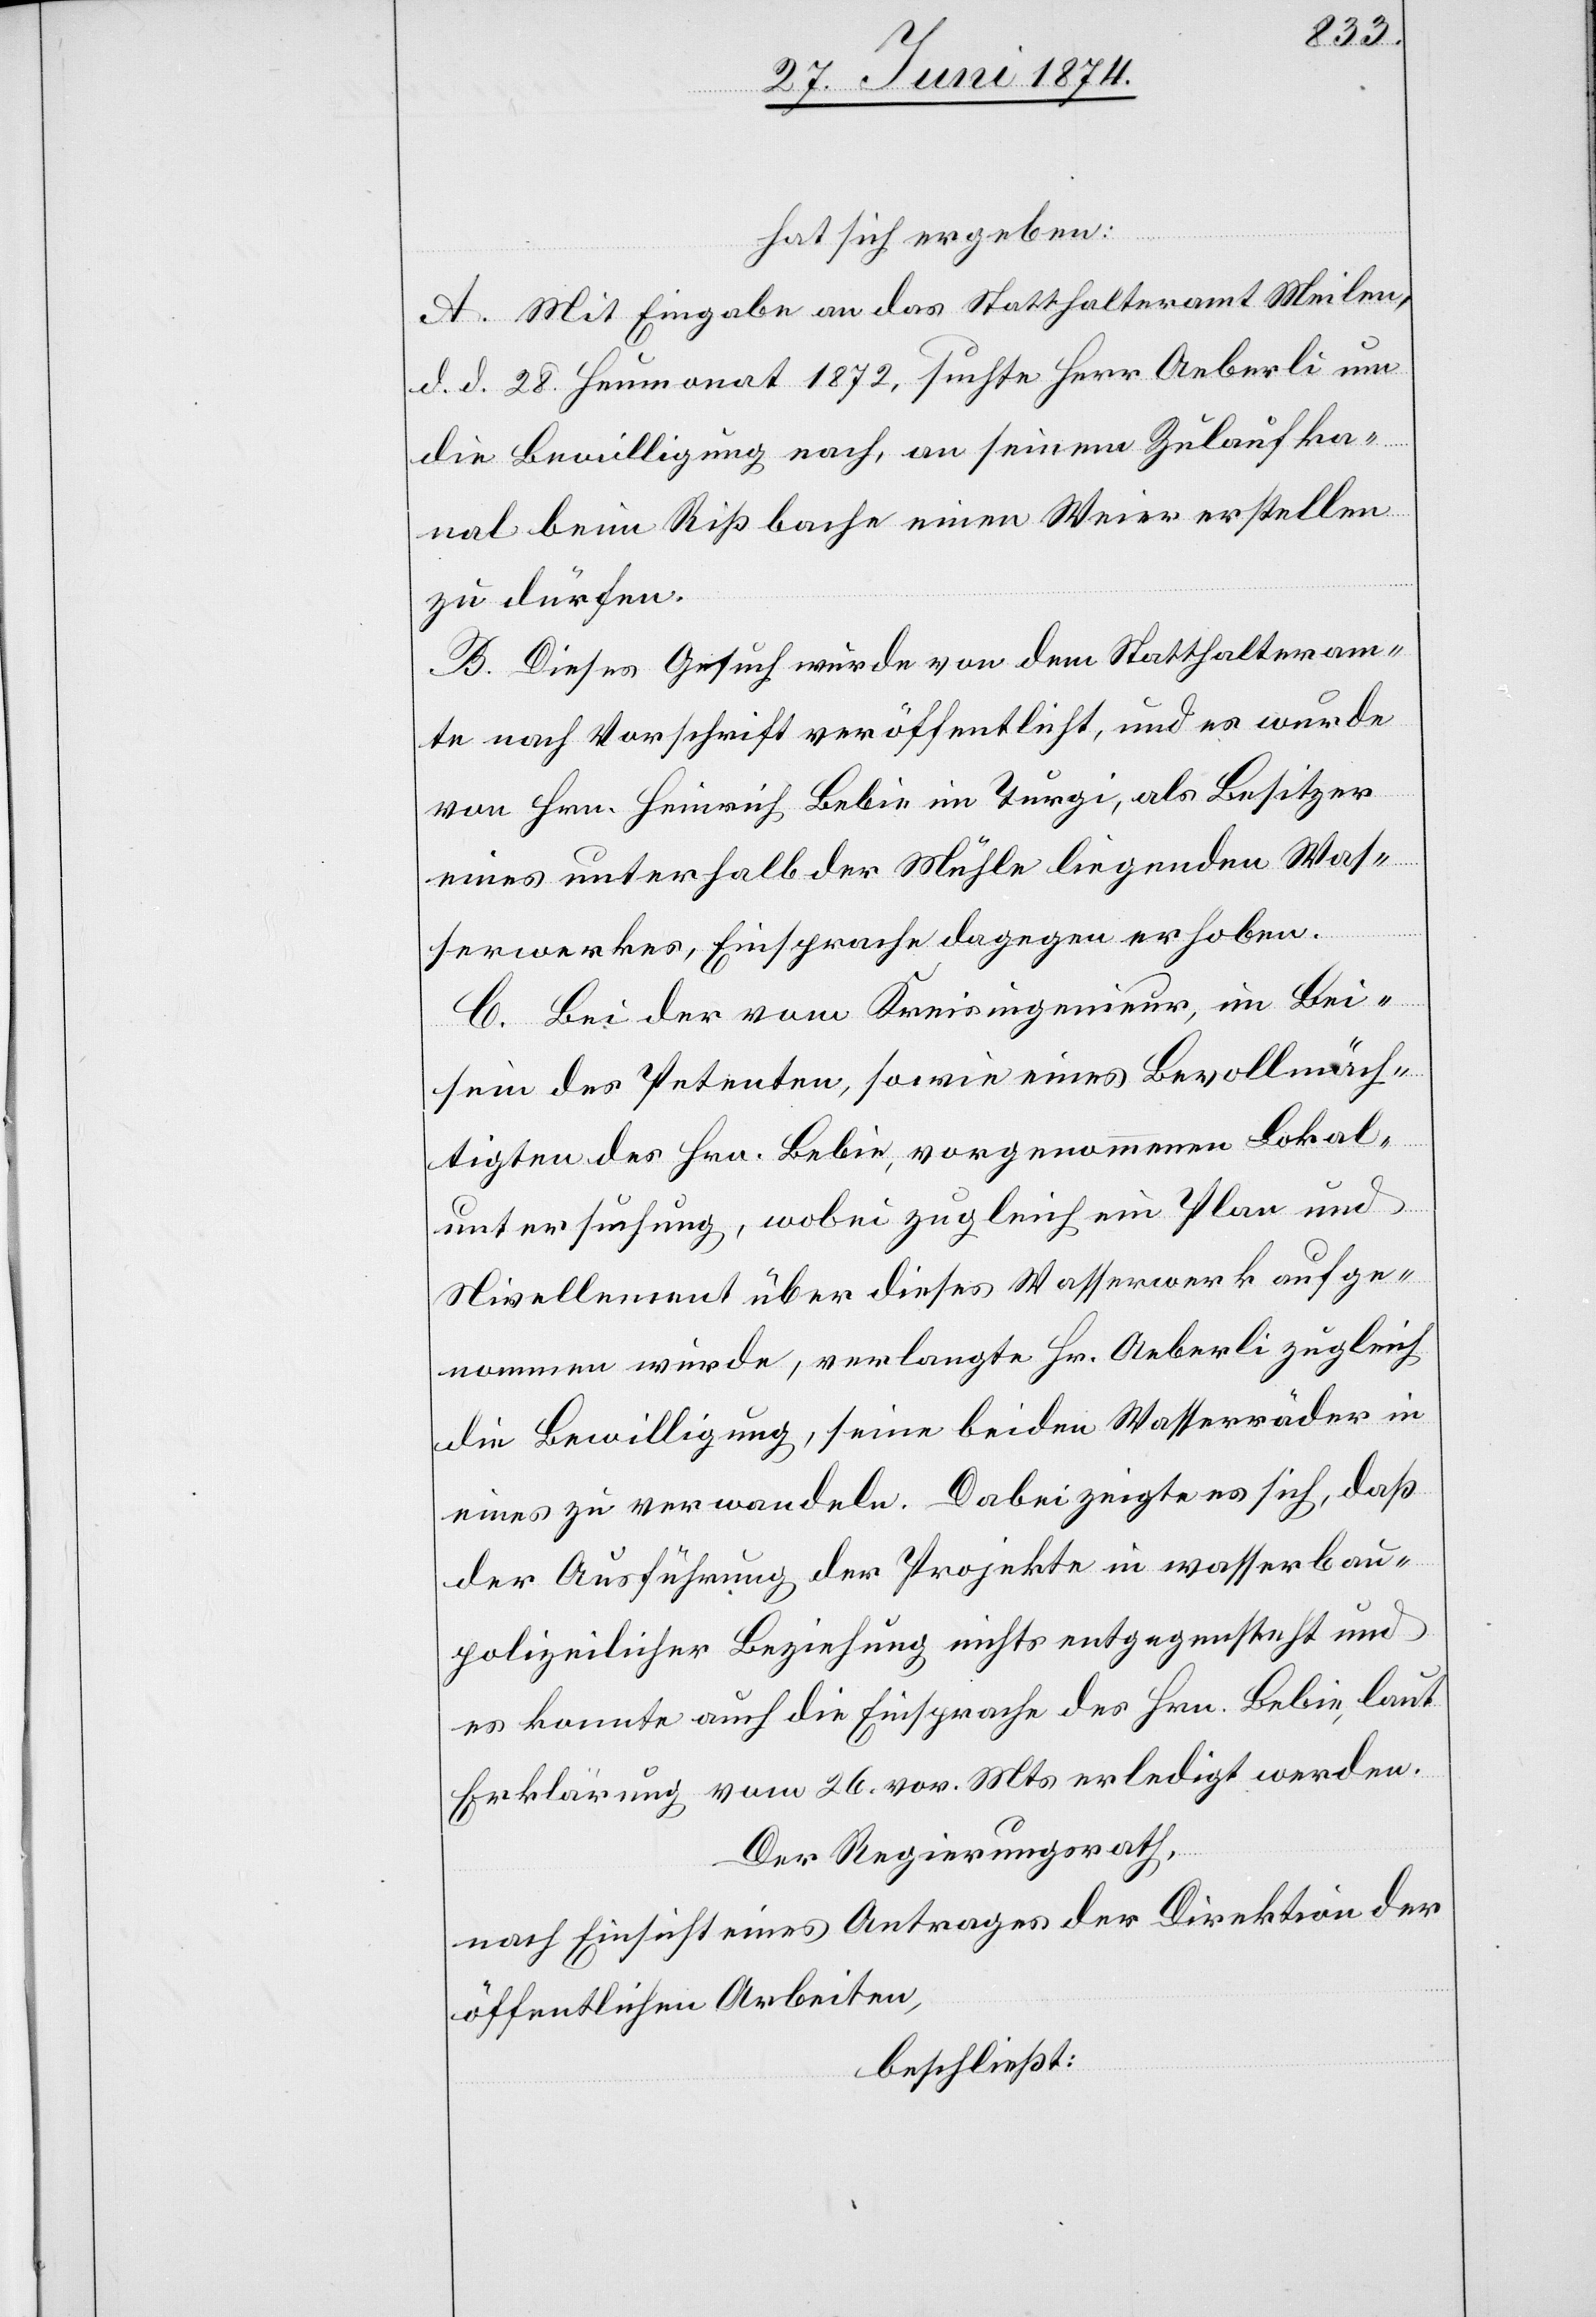
hat sich ergeben:
A. Mit Eingabe an das Statthalteramt Meilen,
d. d. 28. Heumonat 1872, suchte Herr Aeberli um
die Bewilligung nach, an seinem Zulaufka¬
nal beim Rißbache einen Weier erstellen
zu dürfen.
B. Dieses Gesuch wurde von dem Statthalteram¬
te nach Vorschrift veröffentlicht, und es wurde
von Hrn. Heinrich Bebie im Turgi, als Besitzer
eines unterhalb der Mühle liegenden Was¬
serwerkes, Einsprache dagegen erhoben.
C. Bei der vom Kreisingenieur, im Bei¬
sein des Petenten, sowie eines Bevollmäch¬
tigten des Hrn. Bebie, vorgenommenen Lokal¬
untersuchung, wobei zugleich ein Plan und
Nivellement über dieses Wasserwerk aufge¬
nommen wurde, verlangte Hr. Aeberli zugleich
die Bewilligung, seine beiden Wasserräder in
eines zu verwandeln. Dabei zeigte es sich, daß
der Ausführung der Projekte in wasserbau¬
polizeilicher Beziehung nichts entgegensteht und
es konnte auch die Einsprache des Hrn. Bebie, laut
Erklärung vom 26. vor. Mts. erledigt werden.
Der Regierungsrath,
nach Einsicht eines Antrages der Direktion der
öffentlichen Arbeiten,
beschließt: